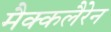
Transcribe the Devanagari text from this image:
मैक्कलैरेन